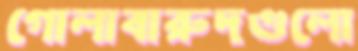
গোলাবারুদগুলো